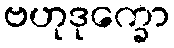
ဗဟုဒုက္ခော